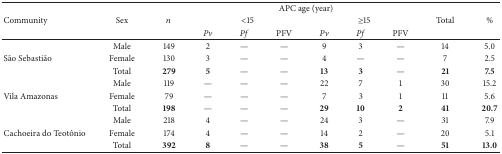
<table><thead><tr><td><b> </b></td><td><b> </b></td><td><b> </b></td><td colspan="6"><b>APC age (year)</b></td><td><b> </b></td><td><b> </b></td></tr><tr><td><b>Community</b></td><td><b>Sex</b></td><td><b><i>n</i></b></td><td colspan="3"><b>&lt;15</b></td><td colspan="3"><b>≥15</b></td><td><b>Total</b></td><td><b>%</b></td></tr><tr><td><b> </b></td><td><b> </b></td><td><b> </b></td><td><b><i>Pv </i></b></td><td><b><i>Pf </i></b></td><td><b>PFV</b></td><td><b><i>Pv </i></b></td><td><b><i>Pf </i></b></td><td><b>PFV</b></td><td><b> </b></td><td><b> </b></td></tr></thead><tbody><tr><td> </td><td>Male</td><td>149</td><td>2</td><td>—</td><td>—</td><td>9</td><td>3</td><td>—</td><td>14</td><td>5.0</td></tr><tr><td>São Sebastião</td><td>Female</td><td>130</td><td>3</td><td>—</td><td>—</td><td>4</td><td>—</td><td>—</td><td>7</td><td>2.5</td></tr><tr><td> </td><td>Total</td><td><b>279</b></td><td><b>5</b></td><td>—</td><td>—</td><td><b>13</b></td><td><b>3</b></td><td>—</td><td><b>21</b></td><td><b>7.5</b></td></tr><tr><td> </td><td>Male</td><td>119</td><td>—</td><td>—</td><td>—</td><td>22</td><td>7</td><td>1</td><td>30</td><td>15.2</td></tr><tr><td>Vila Amazonas</td><td>Female</td><td>79</td><td>—</td><td>—</td><td>—</td><td>7</td><td>3</td><td>1</td><td>11</td><td>5.6</td></tr><tr><td> </td><td>Total</td><td><b>198</b></td><td>—</td><td>—</td><td>—</td><td><b>29</b></td><td><b>10</b></td><td><b>2</b></td><td><b>41</b></td><td><b>20.7</b></td></tr><tr><td> </td><td>Male</td><td>218</td><td>4</td><td>—</td><td>—</td><td>24</td><td>3</td><td>—</td><td>31</td><td>7.9</td></tr><tr><td>Cachoeira do Teotônio</td><td>Female</td><td>174</td><td>4</td><td>—</td><td>—</td><td>14</td><td>2</td><td>—</td><td>20</td><td>5.1</td></tr><tr><td> </td><td>Total</td><td><b>392</b></td><td><b>8</b></td><td>—</td><td>—</td><td><b>38</b></td><td><b>5</b></td><td>—</td><td><b>51</b></td><td><b>13.0</b></td></tr></tbody></table>